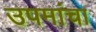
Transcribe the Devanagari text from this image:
उपमांचा